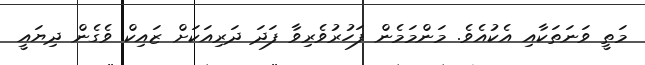
މަތީ ވަނަތަކާއި އެކުއެވެ. މަންމަމެން ފަހުރުވެރިވާ ފަދަ ދަރިއަކަށް ޒައިކް ވެގެން ދިޔައީ